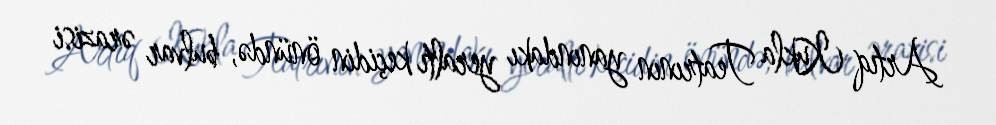
Artıq Kukla Teatrının yanındakı yeraltı keçidin önündə, bulvar ərazisi